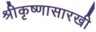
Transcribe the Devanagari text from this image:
श्रीकृष्णासारखी